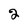
Character: 2